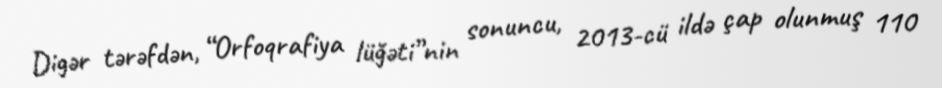
Digər tərəfdən, “Orfoqrafiya lüğəti”nin sonuncu, 2013-cü ildə çap olunmuş 110